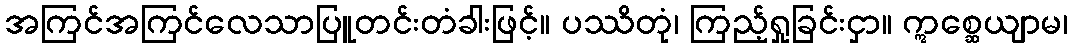
အကြင်အကြင်လေသာပြူတင်းတံခါးဖြင့်။ ပဿိတုံ၊ ကြည့်ရှုခြင်းငှာ။ ဣစ္ဆေယျာမ၊